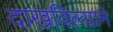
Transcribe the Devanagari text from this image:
दाखविल्याने